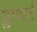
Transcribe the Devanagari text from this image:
प्लाप्पर्ट